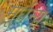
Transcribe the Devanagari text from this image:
मूर्धन्‍य